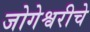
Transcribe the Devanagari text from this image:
जोगेश्वरीचे